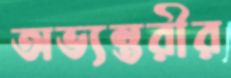
অভ্যন্তরীর